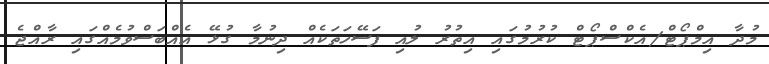
މުދާ އިމްޕޯޓް/އެކްސްޕޯޓް ކުރުމުގައި އިތުރު ލުއި ފަސޭހަތަކެއް ދިނުމާ ގުޅޭ އެއްބަސްވުމެއްގައި ރާއްޖެ